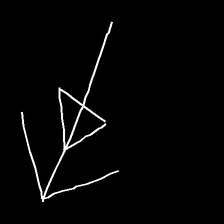
Glyph: pull